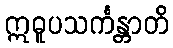
ဣဓူပသင်္ကန္တာတိ